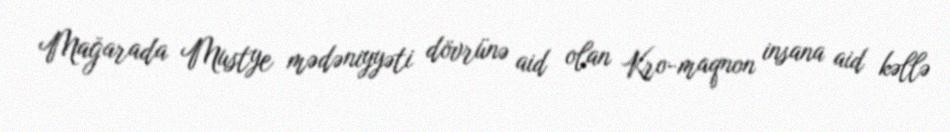
Mağarada Mustye mədəniyyəti dövrünə aid olan Kro-maqnon insana aid kəllə